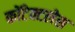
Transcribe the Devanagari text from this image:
कोंटेक्टलेस